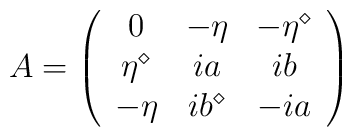
A=\left(\begin{array}{ccc}0&-\eta&-\eta^\diamond\\\eta^{\diamond}&ia&ib\\-\eta&ib^\diamond&-ia\end{array}\right)